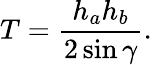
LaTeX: T={\frac{h_{a}h_{b}}{2\sin\gamma}}.